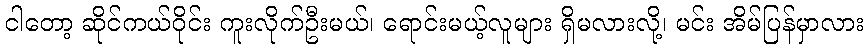
ငါတော့ ဆိုင်ကယ်ဝိုင်း ကူးလိုက်ဦးမယ်၊ ရောင်းမယ့်လူများ ရှိမလားလို့၊ မင်း အိမ်ပြန်မှာလား